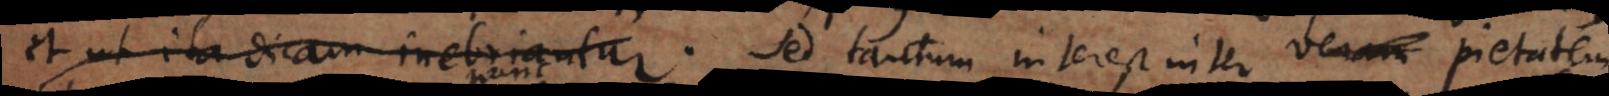
in Ecstasin rapiuntur. Sed tantum interest inter veram pietatem